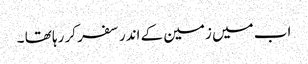
اب میں زمین کے اندر سفر کر رہا تھا ۔